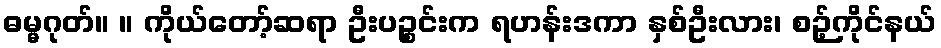
ဓမ္မဂုတ်။ ။ ကိုယ်တော့်ဆရာ ဦးပဉ္စင်းက ရဟန်းဒကာ နှစ်ဦးလား၊ စဉ့်ကိုင်နယ်